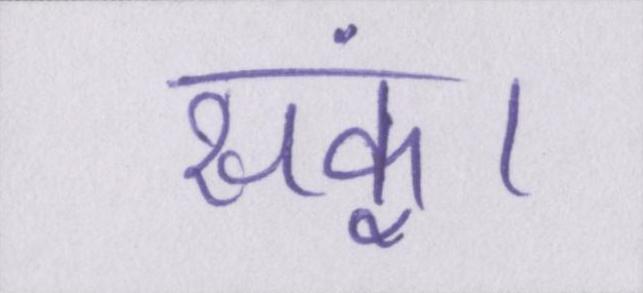
सकूं।